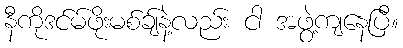
နီကိုဒင်မ်ဖိုးမစ်ချ်နဲ့လည်း ငါ အဖွဲ့ကျနေပြီ။